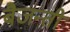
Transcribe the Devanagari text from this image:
बैजन्ती